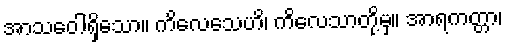
အာသဝေါရှိသော။ ကိလေသေဟိ၊ ကိလေသာတို့မှ။ အာရကတ္တာ၊